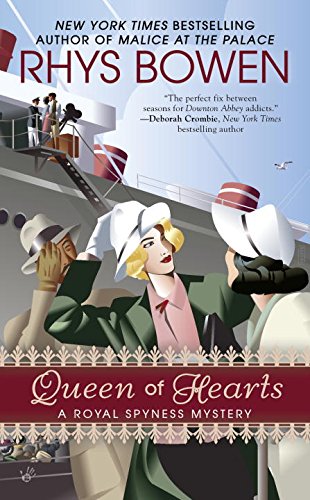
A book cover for Queen of Hearts (A Royal Spyness Mystery); Rhys Bowen; Literature & Fiction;